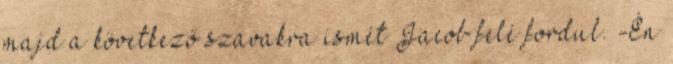
majd a következő szavakra ismét Jacob felé fordul. -Én